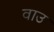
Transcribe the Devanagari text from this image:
वाउ